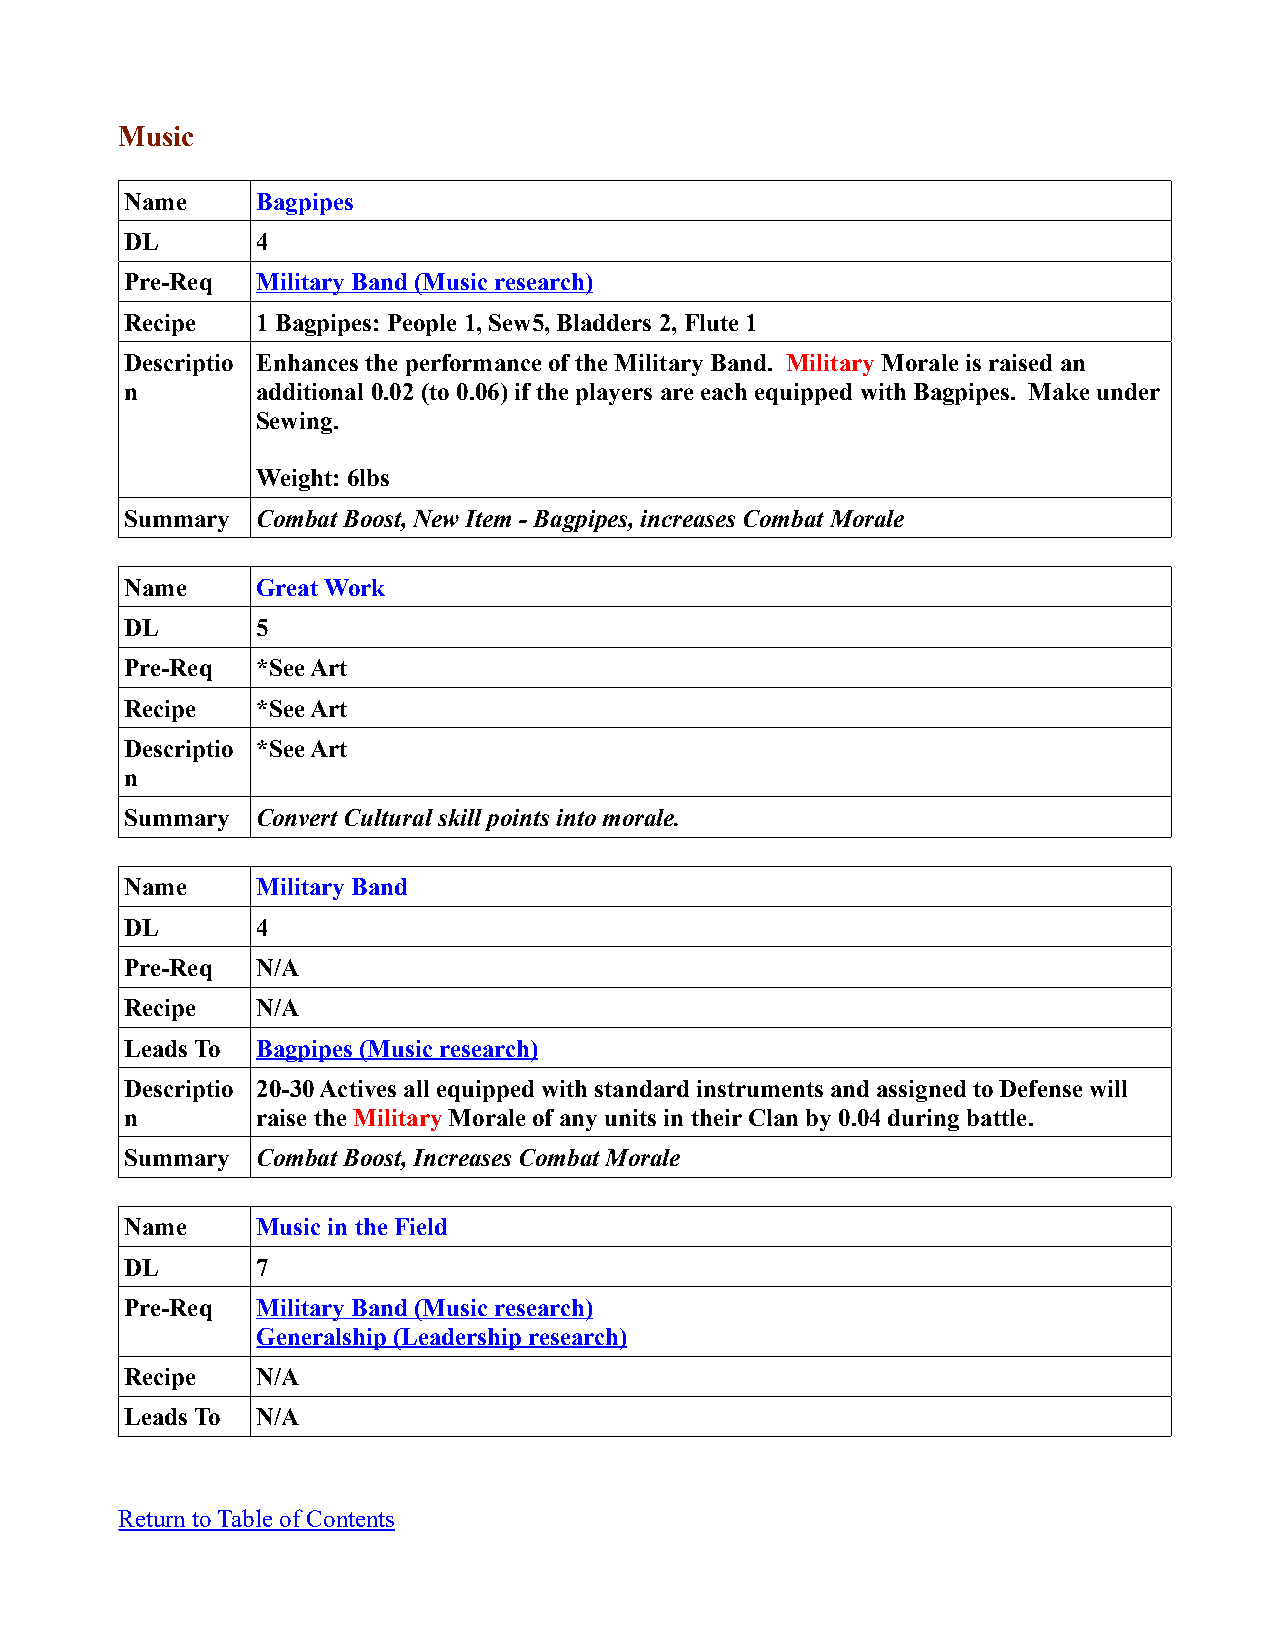
Music
 Name     Bagpipes
 DL       4
 Pre-Req  Military Band (Music research)
 Recipe   1 Bagpipes: People 1, Sew5, Bladders 2, Flute 1
 Descriptio Enhances the performance of the Military Band. Military Morale is raised an
 n        additional 0.02 (to 0.06) if the players are each equipped with Bagpipes. Make under
 Sewing.
 Weight: 6lbs
 Summary  Combat Boost, New Item - Bagpipes, increases Combat Morale
 Name     Great Work
 DL       5
 Pre-Req  *See Art
 Recipe   *See Art
 Descriptio *See Art
 n
 Summary  Convert Cultural skill points into morale.
 Name     Military Band
 DL       4
 Pre-Req  N/A
 Recipe   N/A
 Leads To Bagpipes (Music research)
 Descriptio 20-30 Actives all equipped with standard instruments and assigned to Defense will
 n        raise the Military Morale of any units in their Clan by 0.04 during battle.
 Summary  Combat Boost, Increases Combat Morale
 Name     Music in the Field
 DL       7
 Pre-Req  Military Band (Music research)
 Generalship (Leadership research)
 Recipe   N/A
 Leads To N/A
 Return to Table of Contents